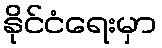
နိုင်ငံရေးမှာ